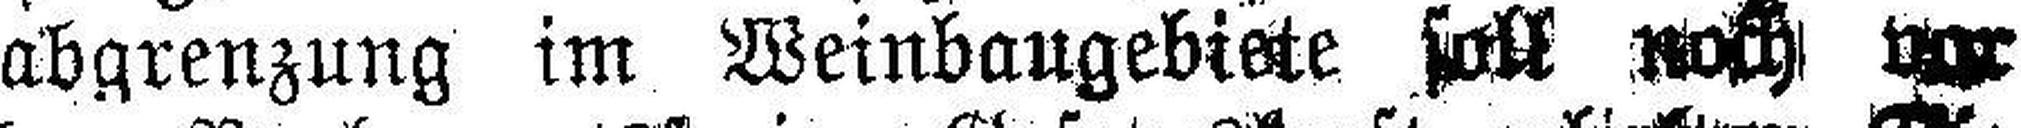
abgrenzung im Weinbaugebiete soll noch vor